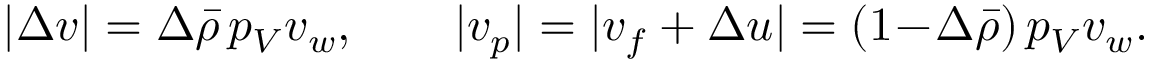
| \Delta v | = \Delta \bar { \rho } \, p _ { V } v _ { w } , \qquad | v _ { p } | = | v _ { f } + \Delta u | = ( 1 \! - \! \Delta \bar { \rho } ) \, p _ { V } v _ { w } .